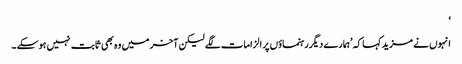
‘
انہوں نے مزید کہا کہ ’ہمارے دیگررہنماؤں پر الزامات لگے لیکن آخر میں وہ بھی ثابت نہیں ہوسکے ۔